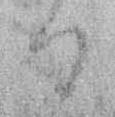
る